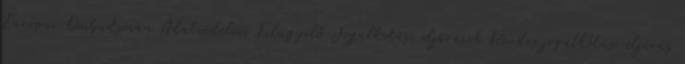
Európai Ombudsman Adatvédelmi Felügyelő Jogalkotási eljárások Rendes jogalkotási eljárás